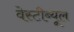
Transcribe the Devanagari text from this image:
वेस्टीब्यूल